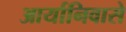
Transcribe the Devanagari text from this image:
आर्यानिवासे